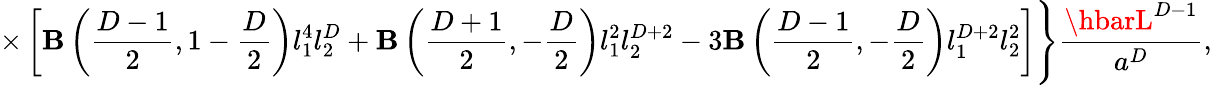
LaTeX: \times\left[\mathbf{B}\left({\frac{{D-1}}{{2}}},1-{\frac{{D}}{{2}}}\right)l_{1}^{4}l_{2}^{D}+\mathbf{B}\left({\frac{{D+1}}{{2}}},-{\frac{{D}}{{2}}}\right)l_{1}^{2}l_{2}^{D+2}-3\mathbf{B}\left({\frac{{D-1}}{{2}}},-{\frac{{D}}{{2}}}\right)l_{1}^{D+2}l_{2}^{2}\right]\Biggr\} {\frac{{\hbarL^{D-1}}}{{a^{D}}}},